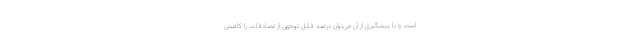
است و با پیشگیری از آن می‌توان درصد قابل توجهی از تصادفات را کاهش